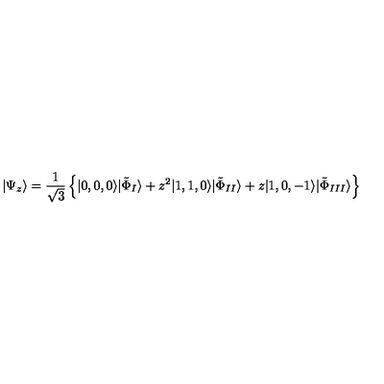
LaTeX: | \Psi _ { z } \rangle = \frac { 1 } { \sqrt { 3 } } \left\{ | 0 , 0 , 0 \rangle | \tilde { \Phi } _ { I } \rangle + z ^ { 2 } | 1 , 1 , 0 \rangle | \tilde { \Phi } _ { I I } \rangle + z | 1 , 0 , - 1 \rangle | \tilde { \Phi } _ { I I I } \rangle \right\}